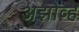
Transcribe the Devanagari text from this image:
अझोव्ह